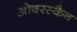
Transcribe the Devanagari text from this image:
ओवरस्कैन